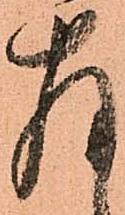
存